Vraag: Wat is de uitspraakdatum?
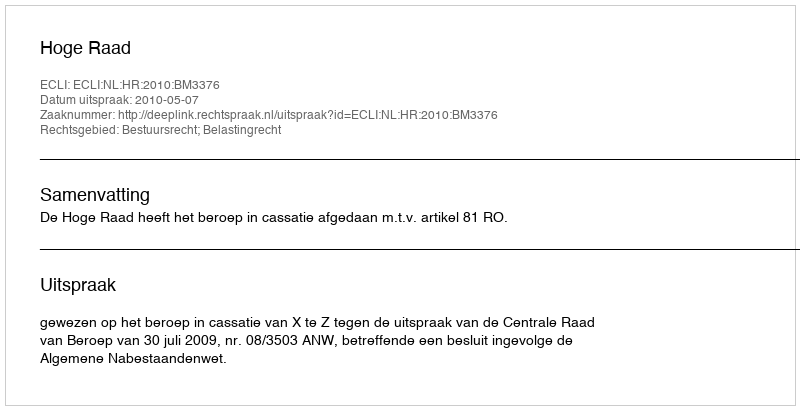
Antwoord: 2010-05-07